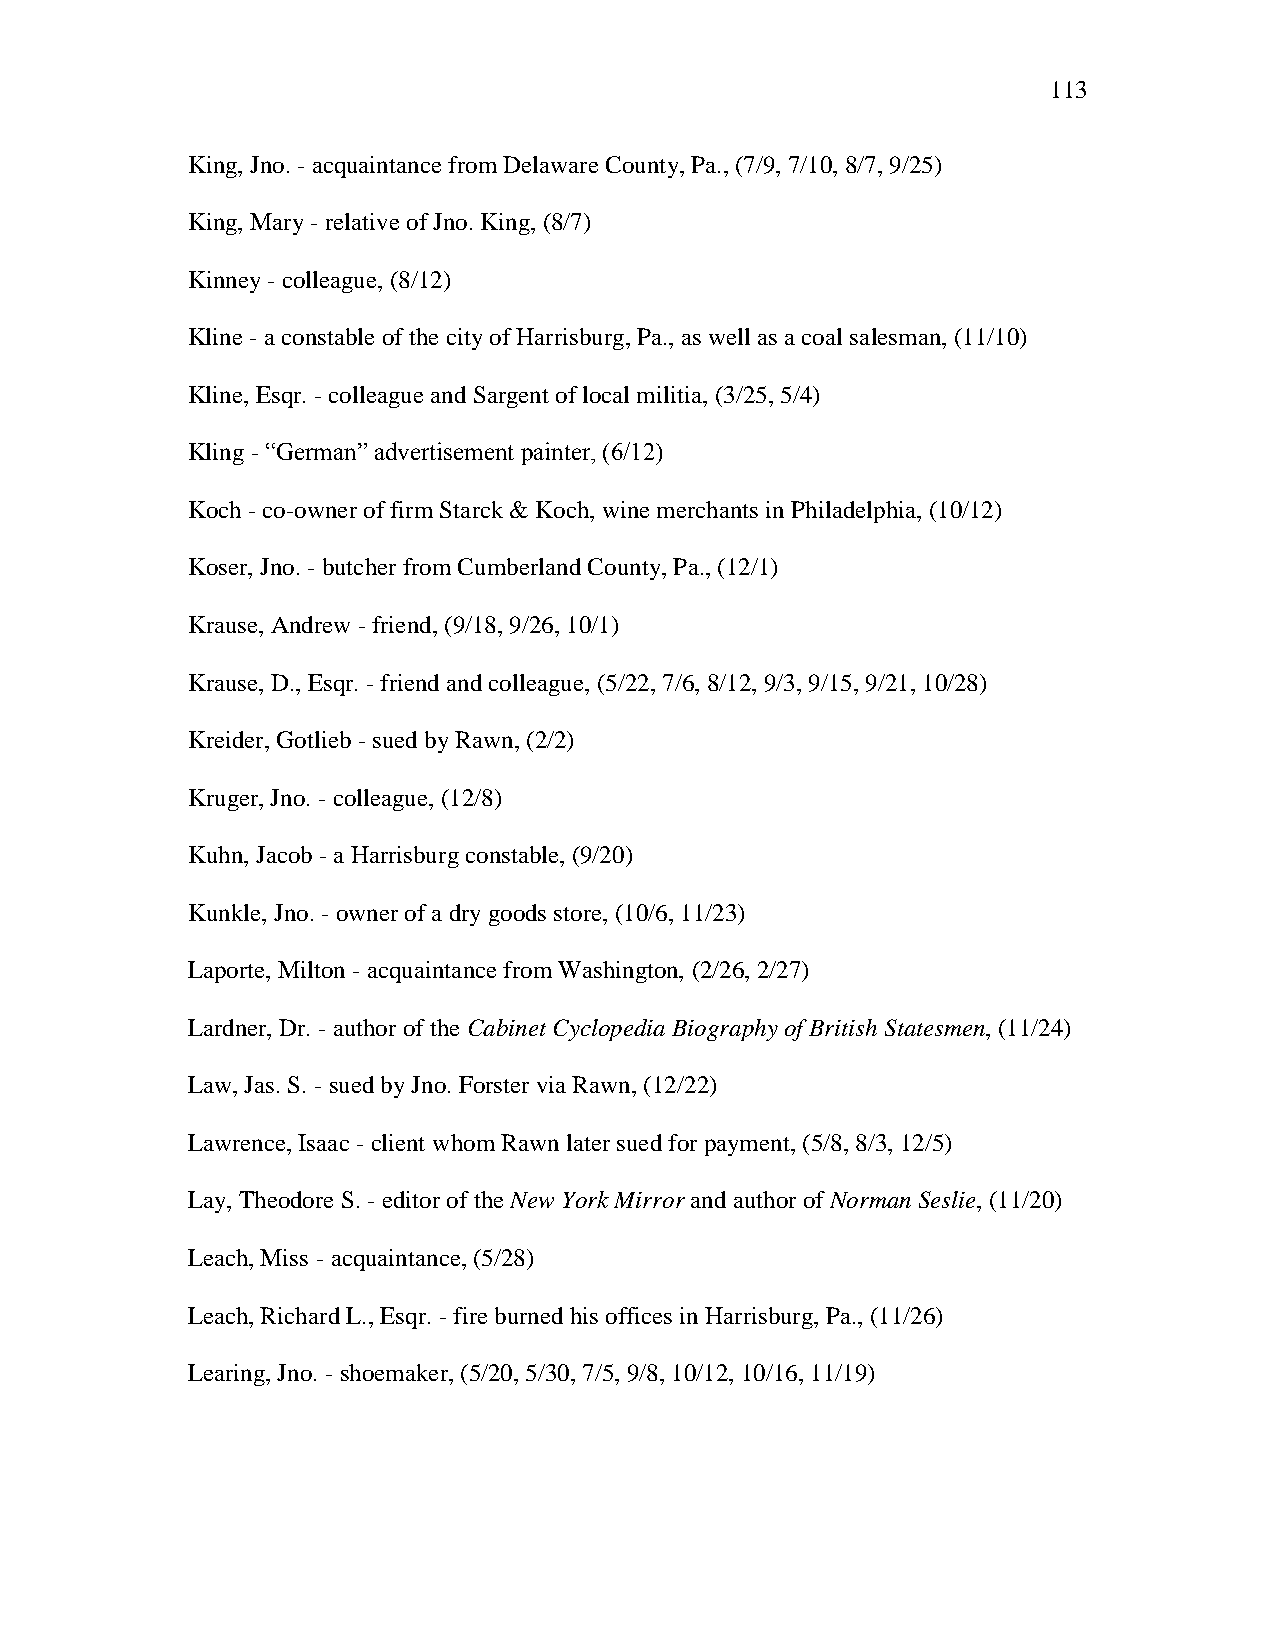
113
 King, Jno. - acquaintance from Delaware County, Pa., (7/9, 7/10, 8/7, 9/25)
 King, Mary - relative of Jno. King, (8/7)
 Kinney - colleague, (8/12)
 Kline - a constable of the city of Harrisburg, Pa., as well as a coal salesman, (11/10)
 Kline, Esqr. - colleague and Sargent of local militia, (3/25, 5/4)
 Kling - ―German‖ advertisement painter, (6/12)
 Koch - co-owner of firm Starck & Koch, wine merchants in Philadelphia, (10/12)
 Koser, Jno. - butcher from Cumberland County, Pa., (12/1)
 Krause, Andrew - friend, (9/18, 9/26, 10/1)
 Krause, D., Esqr. - friend and colleague, (5/22, 7/6, 8/12, 9/3, 9/15, 9/21, 10/28)
 Kreider, Gotlieb - sued by Rawn, (2/2)
 Kruger, Jno. - colleague, (12/8)
 Kuhn, Jacob - a Harrisburg constable, (9/20)
 Kunkle, Jno. - owner of a dry goods store, (10/6, 11/23)
 Laporte, Milton - acquaintance from Washington, (2/26, 2/27)
 Lardner, Dr. - author of the Cabinet Cyclopedia Biography of British Statesmen, (11/24)
 Law, Jas. S. - sued by Jno. Forster via Rawn, (12/22)
 Lawrence, Isaac - client whom Rawn later sued for payment, (5/8, 8/3, 12/5)
 Lay, Theodore S. - editor of the New York Mirror and author of Norman Seslie, (11/20)
 Leach, Miss - acquaintance, (5/28)
 Leach, Richard L., Esqr. - fire burned his offices in Harrisburg, Pa., (11/26)
 Learing, Jno. - shoemaker, (5/20, 5/30, 7/5, 9/8, 10/12, 10/16, 11/19)